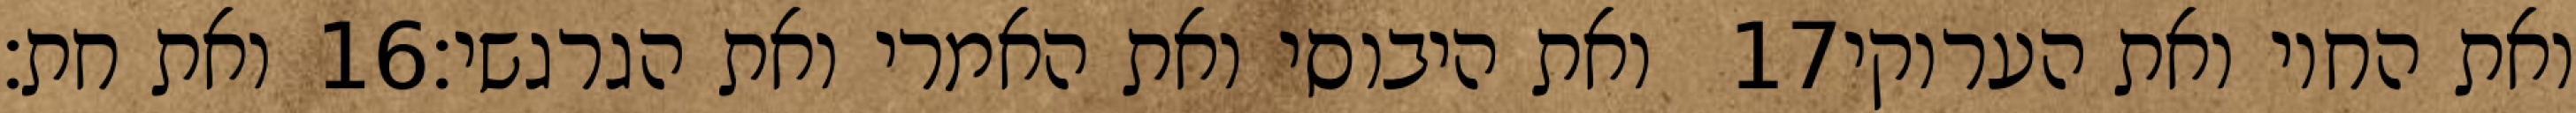
ואת חת׃ ‎16‏ ואת היבוסי ואת האמרי ואת הגרגשי׃ ‎17‏ ואת החוי ואת הערוקי